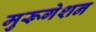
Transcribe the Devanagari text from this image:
मुरूगेशन